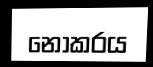
නොකරය